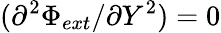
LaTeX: (\partial^{2}\Phi_{ext}/\partial Y^{2})=0